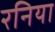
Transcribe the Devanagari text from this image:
रनिया